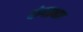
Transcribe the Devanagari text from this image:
योगप्रभाव